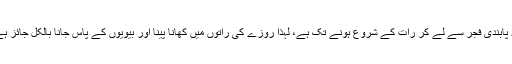
یہ پابندی فجر سے لے کر رات کے شروع ہونے تک ہے، لہٰذا روزے کی راتوں میں کھانا پینا اور بیویوں کے پاس جانا بالکل جائز ہے۔